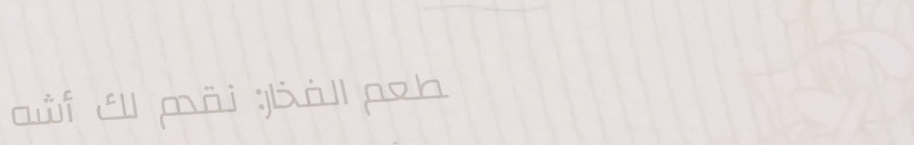
مطعم الفخار: نقدّم لك أشه